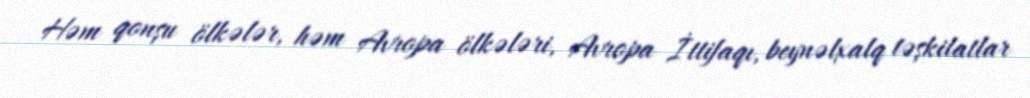
Həm qonşu ölkələr, həm Avropa ölkələri, Avropa İttifaqı, beynəlxalq təşkilatlar